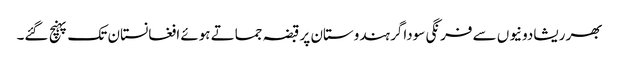
بھر ریشادونیوں سے فرنگی سوداگر ہندوستان پر قبضہ جماتے ہوئے افغانستان تک پہنچ گئے۔